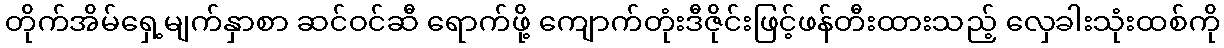
တိုက်အိမ်ရှေ့မျက်နှာစာ ဆင်ဝင်ဆီ ရောက်ဖို့ ကျောက်တုံးဒီဇိုင်းဖြင့်ဖန်တီးထားသည့် လှေခါးသုံးထစ်ကို